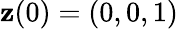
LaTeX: {\mathbf z}(0)=(0,0,1)